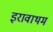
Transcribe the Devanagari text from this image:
इरावाथम